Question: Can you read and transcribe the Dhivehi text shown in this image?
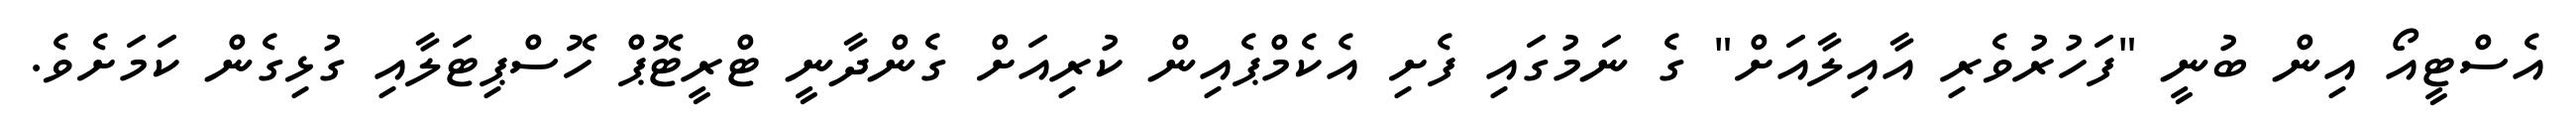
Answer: އެސްޓީއޯ އިން ބުނީ "ފަހުރުވެރި އާއިލާއަށް" ގެ ނަމުގައި ފެށި އެކެމްޕެއިން ކުރިއަށް ގެންދާނީ ޓްރީޓޮޕް ހޮސްޕިޓަލާއި ގުޅިގެން ކަމަށެވެ.